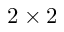
2 \times 2